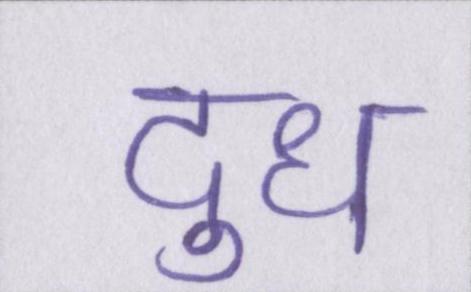
दुध